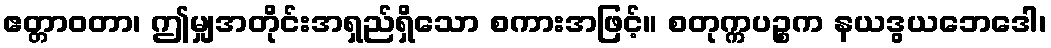
ဧတ္တာဝတာ၊ ဤမျှအတိုင်းအရှည်ရှိသော စကားအဖြင့်။ စတုက္ကပဉ္စက နယဒွယဘေဒေါ၊